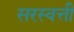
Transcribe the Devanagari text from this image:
सरस्वत्ती